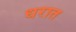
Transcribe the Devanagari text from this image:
धरात